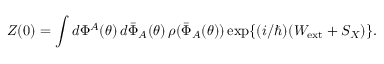
Z ( 0 ) = \int d \Phi ^ { A } ( \theta ) \, d \bar { \Phi } _ { A } ( \theta ) \, \rho ( \bar { \Phi } _ { A } ( \theta ) ) \exp \{ ( i / \hbar ) ( W _ { \mathrm { e x t } } + S _ { X } ) \} .